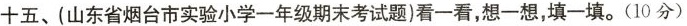
十五、(山东省烟台市实验小学一年级期末考试题)看一看，想一想，填一填。(10分)